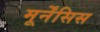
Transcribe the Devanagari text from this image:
मूर्नेंसिस